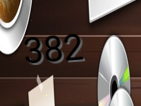
382